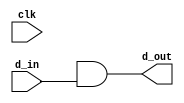
module foobar (clk,d_in, d_out);

input clk;
input  d_in;
output  d_out;



assign d_out = a;
wire  a;
wire  b;

/*
assign wire2= 1'b1;
*/



assign a = (b & d_in);




endmodule